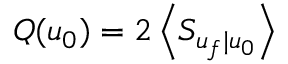
Q ( u _ { 0 } ) = 2 \left\langle S _ { u _ { f } | u _ { 0 } } \right\rangle